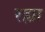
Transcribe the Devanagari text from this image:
रह्या